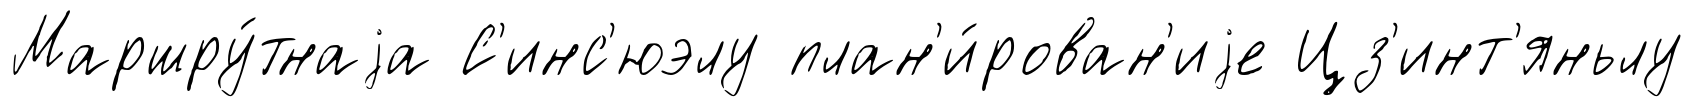
Маршру́тнаjа С'инс'юэлу план'и́рован'иjе Цз'инт'яньлу